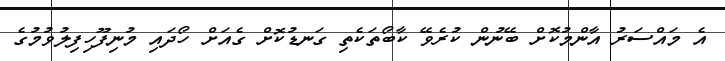
އެ މައްސަރު އާންމުކޮށް ބޭނުން ކުރެވޭ ކާބޯތަކެތި ގަނޑުކޮށް ގެއަށް ހޯދައި މުނިފޫހިފިލުވުމުގެ